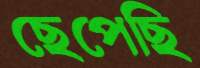
ছেপেছি